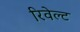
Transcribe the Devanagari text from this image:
रिवेल्ट